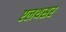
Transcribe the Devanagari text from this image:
एलथसर